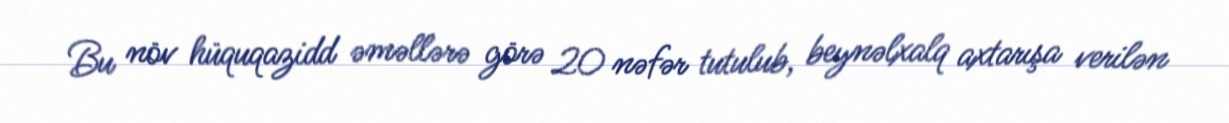
Bu növ hüquqazidd əməllərə görə 20 nəfər tutulub, beynəlxalq axtarışa verilən